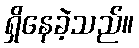
ရှိနေခဲ့သည်။